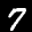
Label: 7